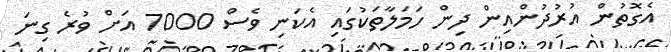
އެގޮތުން އުރުދުންއިން ދިން ހަމަލާތަކުގައި އެކަނި ވެސް 7000 އަށް ވުރެ ގިނަ